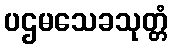
ပဌမသေခသုတ္တံ